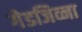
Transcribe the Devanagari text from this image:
गेडजिव्ना